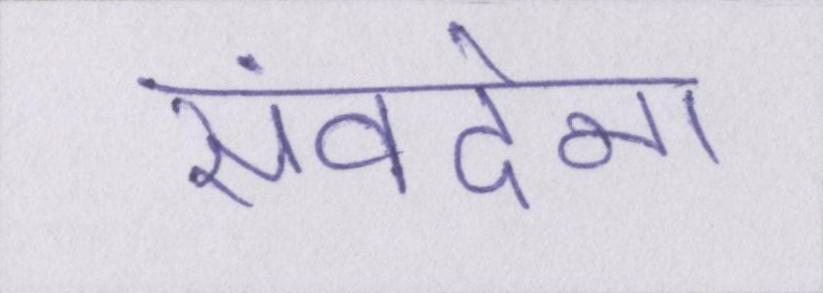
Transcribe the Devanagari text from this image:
संवदेना